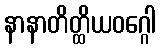
နာနာတိတ္ထိယဝဂ္ဂေါ